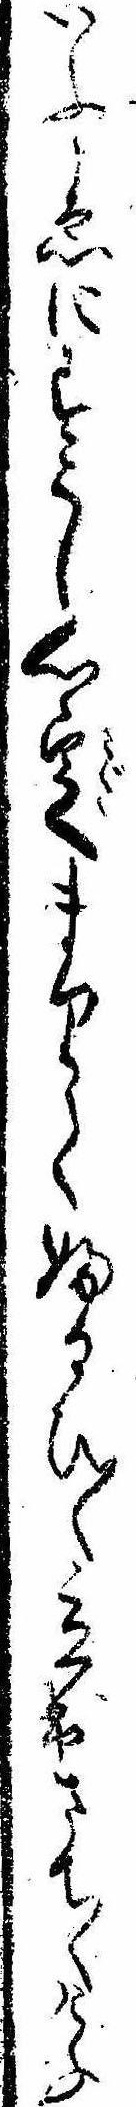
いふこゑにすこし心定まりてふるひ〱立出さて〱けふ